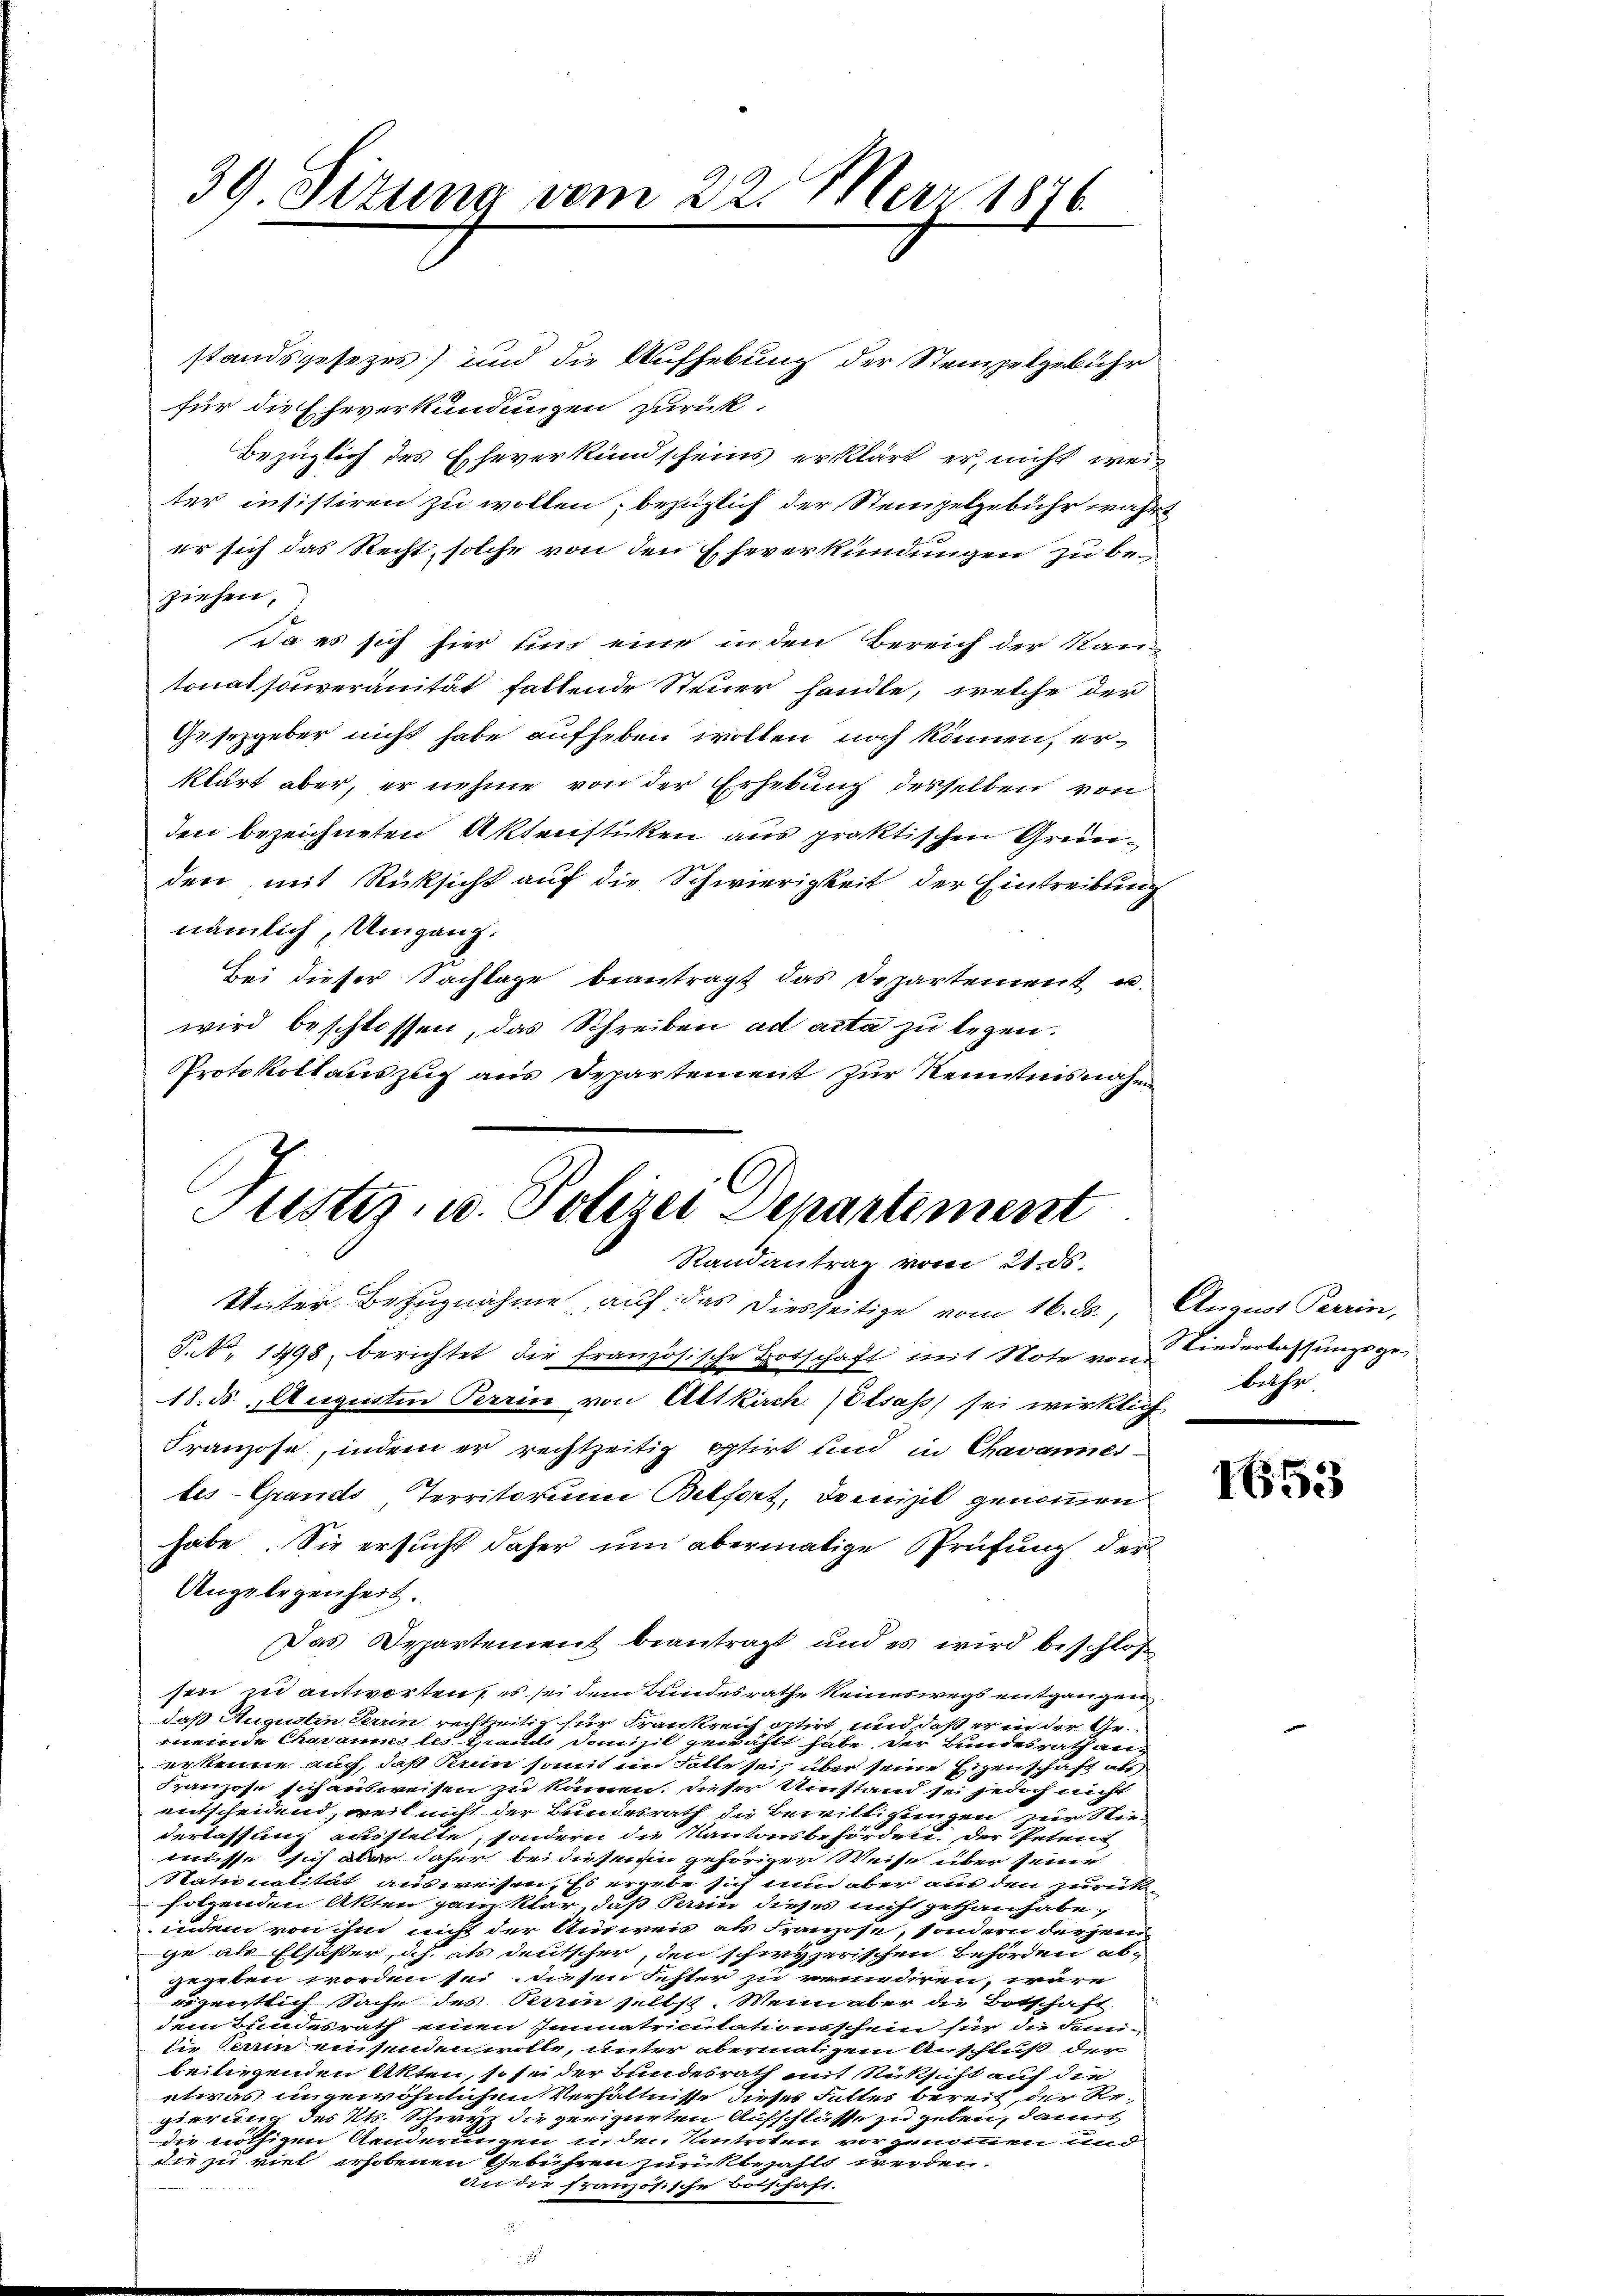
39. Jezung vom 22. Mai 1876

standsgesezes) und die Aufhebung der Stempelgebühr
für die Eheverkündungen zurück.
Bezüglich des Eheverkundscheins erklärt er, nicht weiter insistiren zu wollen; bezüglich der Steinpelgebühr wahr
er sich das Recht, solche von den Eheverkündungen zu beziehen,
Da es sich hier und eine in den Bereich der Rautonalsouveranität fallende Steuer handle, welche der
Gssezgeber nicht habe aufheben wollen noch können, erklärt aber, er nehme von der Erhebung desselben von
den bezeichneten Aktenstücken aus praktischen Gründen mit Rücksicht auf die Schwierigkeit der Eintreibung
nämlich, Umgang.
Bei dieser Sachlage beantragt das Departement u.
wird beschlossen, das Schreiben ad acta zu legen.
Protokoll auszug aus Departement zur Kenntnisnahme
P.No. 1498 berichtet die französische Hotschaft mit Note von Niederlassungsge¬
18. ds. Augusten Perrin von Altkirch (Elsass sei wirklich
Franzose, indem er rechtzeitig pptirt sind in Chavannes-
tes-Grands Territorum Belfort, Domizil genommen
habe. Sie ersucht daher um abermalige Prüfung der
Angelegenheit.
Das Departement beantragt und es wird beschlos
sen zu antworten, es sei dem Bundesrathe keineswegs entgangen
daß Augustin Terrin rechtzeitig für Frankreich artirt und daß er in der Gemeinde Charamms les Hand danisil gewählt habe der Bundesrath anerkenne auch, daß Perein somit im Solle sei, über seine Eigenschaft abs
Franzose sich ausweisen zu können. Dieser Umstand sei jedoch nicht
entscheidend, weil nicht der Bundesrath die Bewilligungen zur Niederlassung ausstelle, sondern die Kantonsbehördere. Der Petent
misse sich aber daher bei diesenen gehöriger Weise über seine
Stationalität ausweisen. Es ergebe sich nun aber aus den zurüker
folgenden Akten ganz klar, daß Perin dieses nicht gethan habe,
indem von ihm nicht der Ausweis als Franzose, sondern derjenige als Elsässer, ich als deutscher, den schwyzerischen Behörden ab-
gegeben worden sei, diesen Fester zu vendiren, wäre
eigentlich Sache des Berein selbst. Wenn aber die Botschaft
dem Bundesrath einen Immatriculationsschein für die Fern-
die Perin einsenden wolle, unter abermaligem Anschluß der
beiliegenden Akten, so sei der Bundesrath mit Rücksicht auf die
etwas ungewöhnlichen Verhältnisse dieses Falles bereit, der Regierung des Kts. Schwyz die geeigneten Aufschlüsse zu geben, damit
die nöthigen Aenderungen in den Kontroten vorgenommen und
die zu viel erhobenen Gebühren zurückbezahlt werden.
an die französische Botschaft.

Altster, u. Polizei Departement
Randantrag vom 21. ds.
Unter Bezugnahme auf das diesseitige vom 16. ds., August Peerin,

bethe.

I653